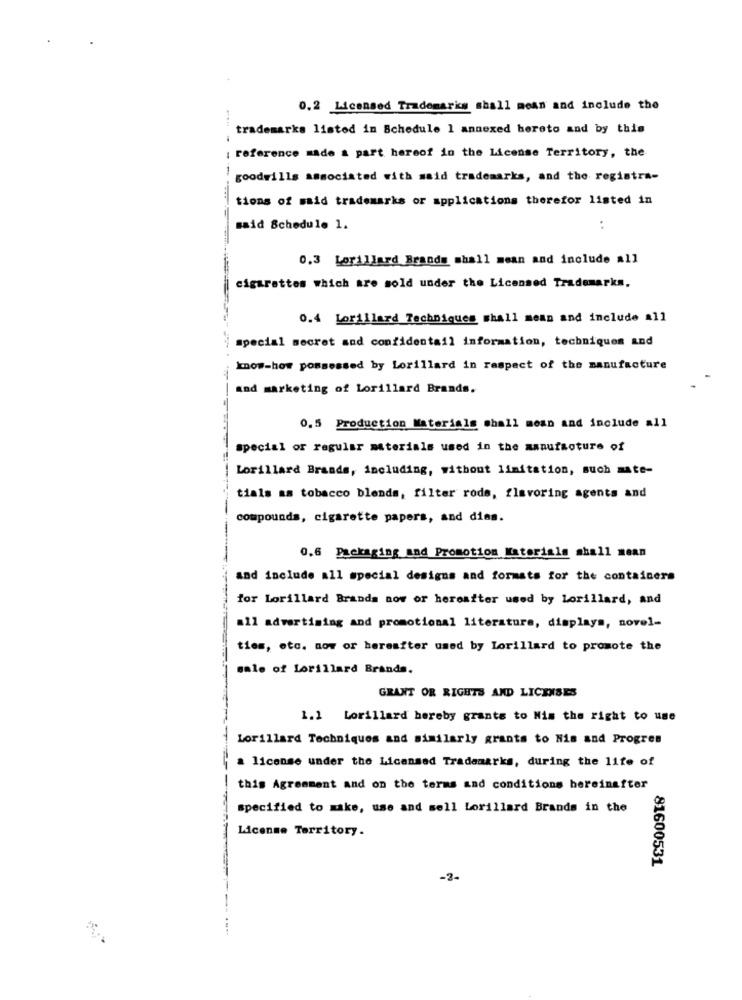
0.2 Licensed Trademarks shall mean and include the
trademarks listed in Schedule 1 annexed hereto and by this
reference made a part hereof in the License Territory, the
----
goodwills associated with said trademarks, and the registra-
tions of said trademarks or applications therefor listed in
said Schedule 1.
:
0.3 Lorillard Brands mhall mean and include all
cigarettes which are sold under the Licensed Trademarks.
0.4 Lorillard Techniques shall mean and include all
special secret and confidentail information, techniques and
know-how possessed by Lorillard in respect of the manufacture
and marketing of Lorillard Brands.
0.5 Production Materials shall mean and include all
special or regular materials used in the manufacture of
Lorillard Brands, including, without limitation, such mate-
tials as tobacco blends, filter rode, flavoring agents and
compounds, cigarette papers, and dias.
0.6 Packaging and Promotion Materials shall mean
and include all special designs and formats for the containers
for Lorillard Brands now or hereafter used by Lorillard, and
all advertising and promotional literature, displays, novel-
ties, etc. now or hereafter used by Lorillard to promote the
sale of Lorillard Brands.
GRANT OR RIGHTS AND LICENSES
1.1 Lorillard hereby grants to Mis the right to use
Lorillard Techniques and similarly grants to Nis and Progres
a license under the Licensed Trademarks, during the life of
this Agreement and on the terms and conditions hereinafter
specified to make, use and sell Lorillard Brands in the
License Territory.
81600531
-2-